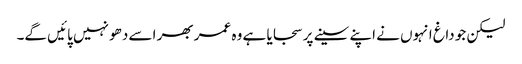
لیکن جو داغ انہوں نے اپنے سینے پر سجایا ہے وہ عمر بھر اسے دھو نہیں پائیں گے۔